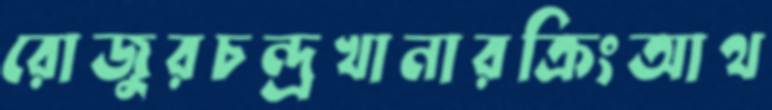
রোজুরচন্দ্রখানারক্রিংআথ